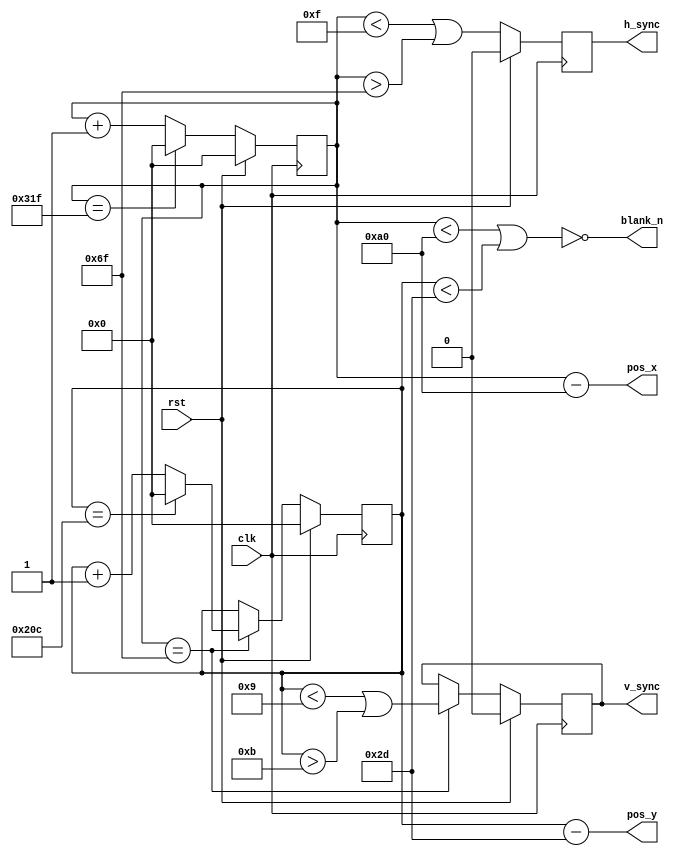
module vga_sync (
    input   clk,
    input   rst,

    output  reg     h_sync,
    output  reg     v_sync,
    output  [9:0]   pos_x,
    output  [9:0]   pos_y,
    output          blank_n
);

localparam h_front_t = 16;
localparam h_sync_t = 96;
localparam h_back_t = 48;
localparam h_active_t = 640;
localparam h_blank_t = h_front_t + h_sync_t + h_back_t;
localparam h_total_t = h_active_t + h_blank_t;

localparam v_front_t = 10;
localparam v_sync_t = 2;
localparam v_back_t = 33;
localparam v_active_t = 480;
localparam v_blank_t = v_front_t + v_sync_t + v_back_t;
localparam v_total_t = v_active_t + v_blank_t;

reg [9:0] h_counter;
reg [9:0] v_counter;

assign pos_x = h_counter - h_blank_t;
assign pos_y = v_counter - v_blank_t;

assign blank_n = ~((h_counter < h_blank_t) || (v_counter < v_blank_t));

always @(posedge clk)
begin
    if (rst)
    begin
        {h_sync, v_sync, h_counter, v_counter} <= 22'd0;
    end
    else
    begin
        h_counter <= (h_counter == h_total_t - 1) ? 10'd0 : h_counter + 1'd1;
        h_sync <= (h_counter < h_front_t - 1) | (h_counter > h_front_t + h_sync_t - 1);

        if (h_counter == h_front_t + h_sync_t - 1)
        begin
            v_counter <= (v_counter == v_total_t - 1) ? 10'd0 : v_counter + 1'd1;
            v_sync <= (v_counter < v_front_t - 1) | (v_counter > v_front_t + v_sync_t - 1);
        end
    end
end

endmodule